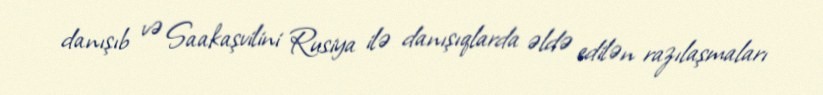
danışıb və Saakaşvilini Rusiya ilə danışıqlarda əldə edilən razılaşmaları